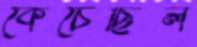
কেচেছিল